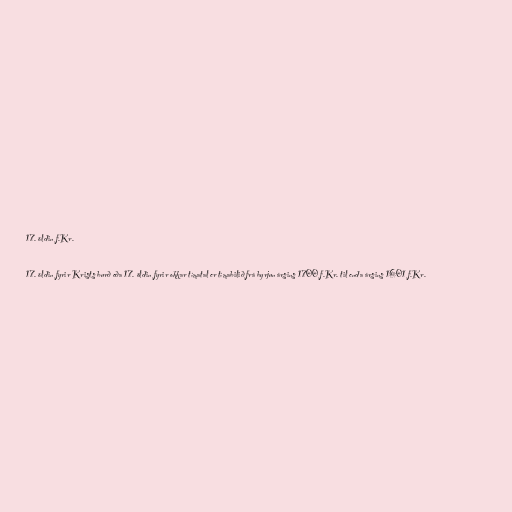
17. öldin f.Kr.

17. öldin fyrir Krists burð eða 17. öldin fyrir okkar tímatal er tímabilið frá byrjun ársins 1700 f.Kr. til enda ársins 1601 f.Kr.